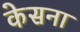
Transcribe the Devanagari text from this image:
केसना